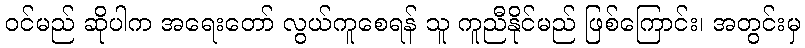
ဝင်မည် ဆိုပါက အရေးတော် လွယ်ကူစေရန် သူ ကူညီနိုင်မည် ဖြစ်ကြောင်း၊ အတွင်းမှ